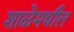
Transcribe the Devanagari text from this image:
शाळेमधील